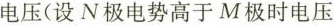
电压(设N极电势高于M极时电压